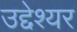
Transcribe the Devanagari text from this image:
उद्देश्यर